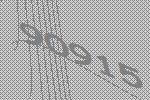
90915